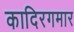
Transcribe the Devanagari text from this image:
कादिरगमार